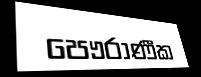
පෞරාණීක